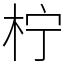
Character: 柠